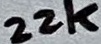
Text: 22k